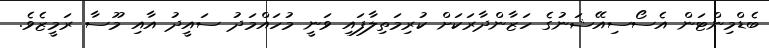
ބެޑްމިންޓަން އެސޯސިއޭޝަނުގެ ހަޒާންދާރަކަށް ކުރިމަތިލާފައި ވަނީ މުހައްމަދު ސައީދު އާއި މޫސާ ރަމީޒެވެ.